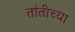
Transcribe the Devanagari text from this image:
तांतीच्या